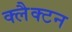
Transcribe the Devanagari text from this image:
क्लैक्टन